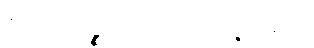
ဧတေပဉ္စ၊ ဤငါးပါးတို့သည်။